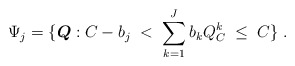
\begin{align*}\Psi_j = \{{\boldsymbol{Q}: { {C - {b_j} \;<\; \sum\limits_{k= 1}^J {{b_k}Q_C ^k} \; \leq \; C}}} \}\ .\end{align*}